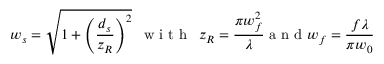
w _ { s } = \sqrt { 1 + \left( \frac { d _ { s } } { z _ { R } } \right) ^ { 2 } } \enskip \mathrm { ~ w ~ i ~ t ~ h ~ } \enskip z _ { R } = \frac { \pi w _ { f } ^ { 2 } } { \lambda } \mathrm { ~ a ~ n ~ d ~ } w _ { f } = \frac { f \lambda } { \pi w _ { 0 } }